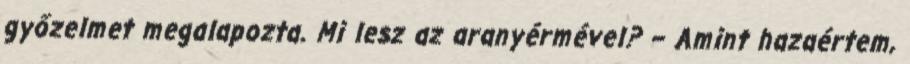
győzelmet megalapozta. Mi lesz az aranyérmével? – Amint hazaértem,